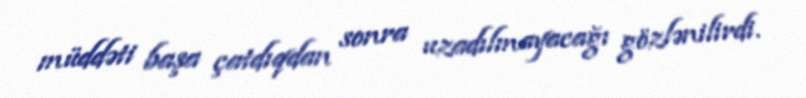
müddəti başa çatdıqdan sonra uzadılmayacağı gözlənilirdi.